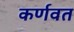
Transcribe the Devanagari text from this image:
कर्णवत